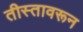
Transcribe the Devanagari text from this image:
तीस्तावरून